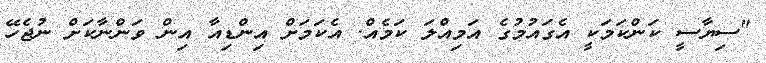
"ސިޔާސީ ކަންކަމަކީ އެގައުމުގެ އަމިއްލަ ކަމެއް. އެކަމަށް އިންޑިއާ އިން ވަންނާކަށް ނުޖެހޭ